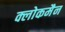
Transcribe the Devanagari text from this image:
क्लोकमैन